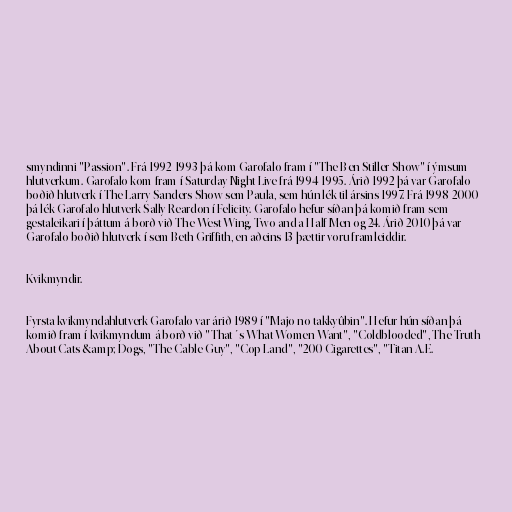
smyndinni "Passion". Frá 1992-1993 þá kom Garofalo fram í "The Ben Stiller Show" í ýmsum
hlutverkum. Garofalo kom fram í Saturday Night Live frá 1994-1995. Árið 1992 þá var Garofalo
boðið hlutverk í The Larry Sanders Show sem Paula, sem hún lék til ársins 1997. Frá 1998-2000
þá lék Garofalo hlutverk Sally Reardon í Felicity. Garofalo hefur síðan þá komið fram sem
gestaleikari í þáttum á borð við The West Wing, Two and a Half Men og 24. Árið 2010 þá var
Garofalo boðið hlutverk í sem Beth Griffith, en aðeins 13 þættir voru framleiddir.

Kvikmyndir.

Fyrsta kvikmyndahlutverk Garofalo var árið 1989 í "Majo no takkyûbin". Hefur hún síðan þá
komið fram í kvikmyndum á borð við "That´s What Women Want", "Coldblooded", The Truth
About Cats &amp; Dogs, "The Cable Guy", "Cop Land", "200 Cigarettes", "Titan A.E.